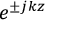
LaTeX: ~ e ^ { \pm j k z }